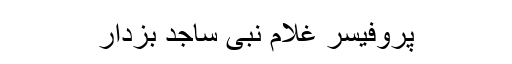
پروفیسر غلام نبی ساجد بزدار